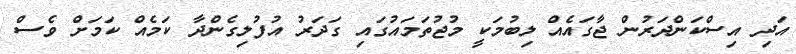
އަދި އިސްކަންދަރުން ޖާގައެއް ލިބުމަކީ މުޖުތަމައުގައި ގަދަރު އުފުލިގެންދާ ކަމެއް ކަމަށް ވެސް